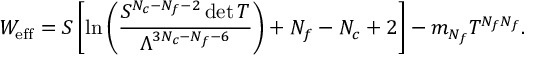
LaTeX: W _ { \mathrm { e f f } } = S \left[ \ln \left( \frac { S ^ { N _ { c } - N _ { f } - 2 } \operatorname * { d e t } T } { \Lambda ^ { 3 N _ { c } - N _ { f } - 6 } } \right) + N _ { f } - N _ { c } + 2 \right] - m _ { N _ { f } } T ^ { N _ { f } N _ { f } } .